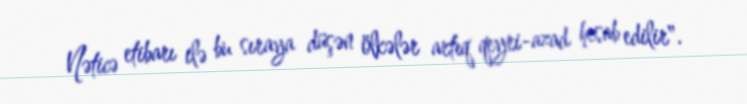
Nəticə etibarı ilə bu sıraya düşən ölkələr artıq qeyri-azad hesab edilir".